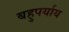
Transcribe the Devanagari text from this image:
बहुपर्याय